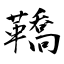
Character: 鞽